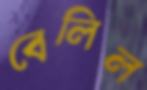
বেলিল